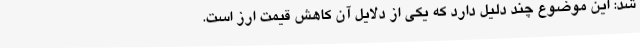
شد: این موضوع چند دلیل دارد که یکی از دلایل آن کاهش قیمت ارز است.